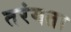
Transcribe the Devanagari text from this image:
तरंगता